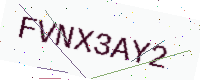
Text: FVNX3AY2